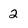
Character: 2